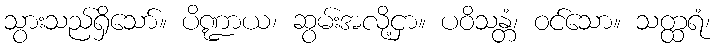
သွားသည်ရှိသော်။ ပိဏ္ဍာယ၊ ဆွမ်းအလို့ငှာ။ ပဝိသန္တံ၊ ဝင်သော။ သတ္ထရံ၊